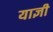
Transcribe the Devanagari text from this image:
याज्ञी